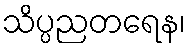
သိပ္ပညတရေန၊